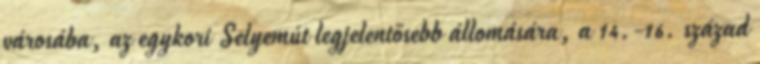
városába, az egykori Selyemút legjelentősebb állomására, a 14.-16. század